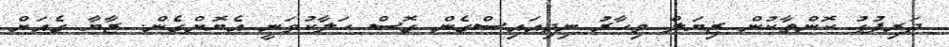
ދަރިފުޅު ކޮންތާކުން ޒިޔަލް މިހާރު ނިދިއައިސްގެން ގޮސް ހަލާކުވަނީ އެޔޮށްގެން. ޒާޔާ ގެއަށް